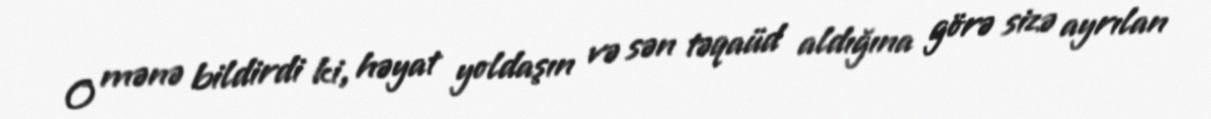
O mənə bildirdi ki, həyat yoldaşın və sən təqaüd aldığına görə sizə ayrılan